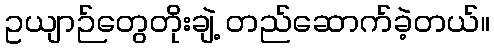
ဥယျာဉ်တွေတိုးချဲ့ တည်ဆောက်ခဲ့တယ်။